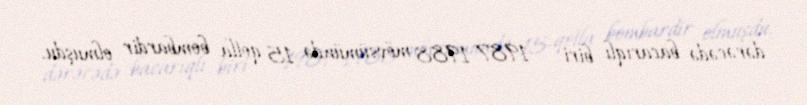
dərəcədə bacarıqlı biri – 1987-1988 mövsümündə 15 qolla bombardir olmuşdu.